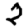
Digit: 2